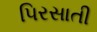
પિરસાતી